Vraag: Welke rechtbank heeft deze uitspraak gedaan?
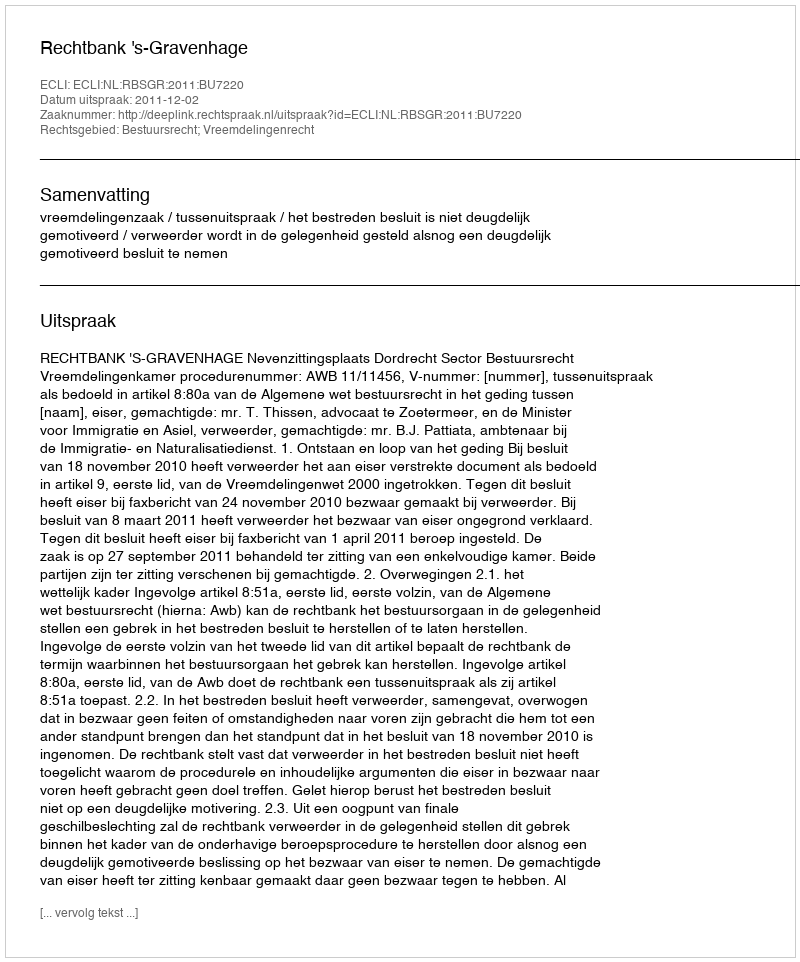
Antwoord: Rechtbank 's-Gravenhage